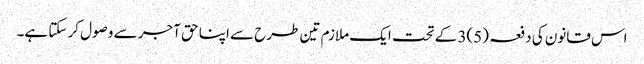
اس قانون کی دفعہ (5)3 کے تحت ایک ملازم تین طرح سے اپنا حق آجر سے وصول کر سکتا ہے۔